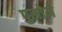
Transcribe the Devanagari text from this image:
पुस्तेमे